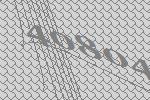
40804